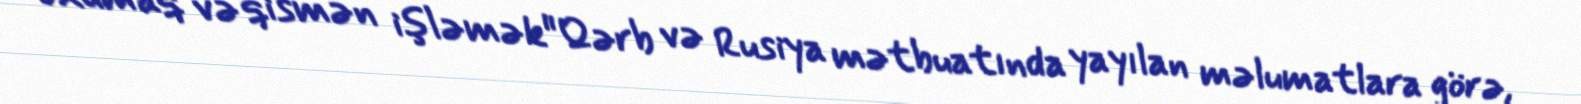
oxumaq və qismən işləmək"Qərb və Rusiya mətbuatında yayılan məlumatlara görə,